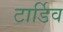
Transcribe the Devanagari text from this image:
टार्डिव